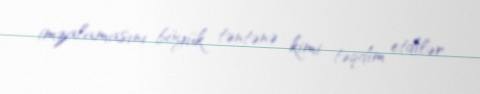
imzalamasını böyük təntənə kimi təqdim etdilər.